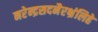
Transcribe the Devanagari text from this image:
नरेन्द्रसदनैरभ्रंलिहे